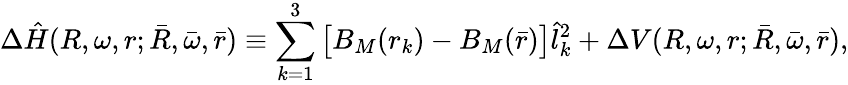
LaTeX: \Delta\hat{H}(R,\omega,r;\bar{R},\bar{\omega},\bar{r})\equiv\sum_{k=1}^{3}\big[B_{M}(r_{k})-B_{M}(\bar{r})\big]\hat{l}_{k}^{2}+\Delta V(R,\omega,r;\bar{R},\bar{\omega},\bar{r}),